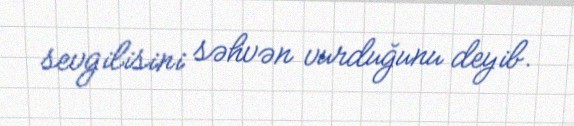
sevgilisini səhvən vurduğunu deyib.